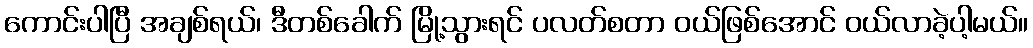
ကောင်းပါပြီ အချစ်ရယ်၊ ဒီတစ်ခေါက် မြို့သွားရင် ပလတ်စတာ ဝယ်ဖြစ်အောင် ဝယ်လာခဲ့ပါ့မယ်။